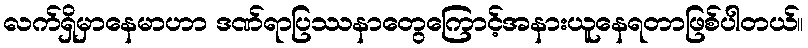
လက်ရှိမှာနေမာဟာ ဒဏ်ရာပြဿနာတွေကြောင့်အနားယူနေရတာဖြစ်ပါတယ်။